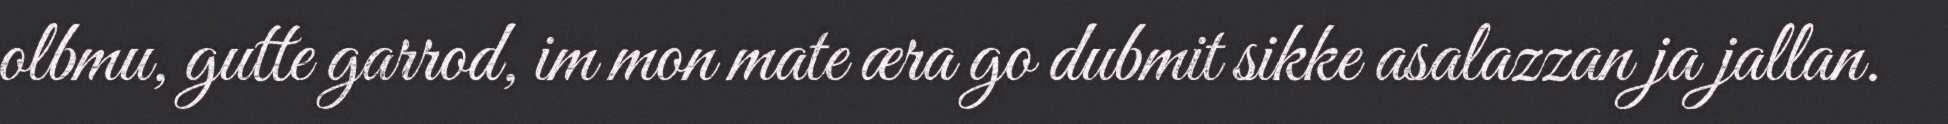
olbmu, gutte garrod, im mon mate æra go dubmit sikke asalazzan ja jallan.